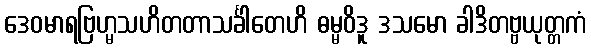
ဒေဝမာရဗြဟ္မသဟိတတာသင်္ခါတေဟိ ဓမ္မဝိဒူ ဒသမော ခါဒိတဗ္ဗယုတ္တကံ